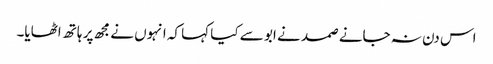
اس دن نہ جانے صمد نے ابو سے کیا کہا کہ انہوں نے مجھ پر ہاتھ اٹھایا۔